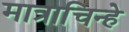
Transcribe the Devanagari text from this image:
मात्राचिन्हे